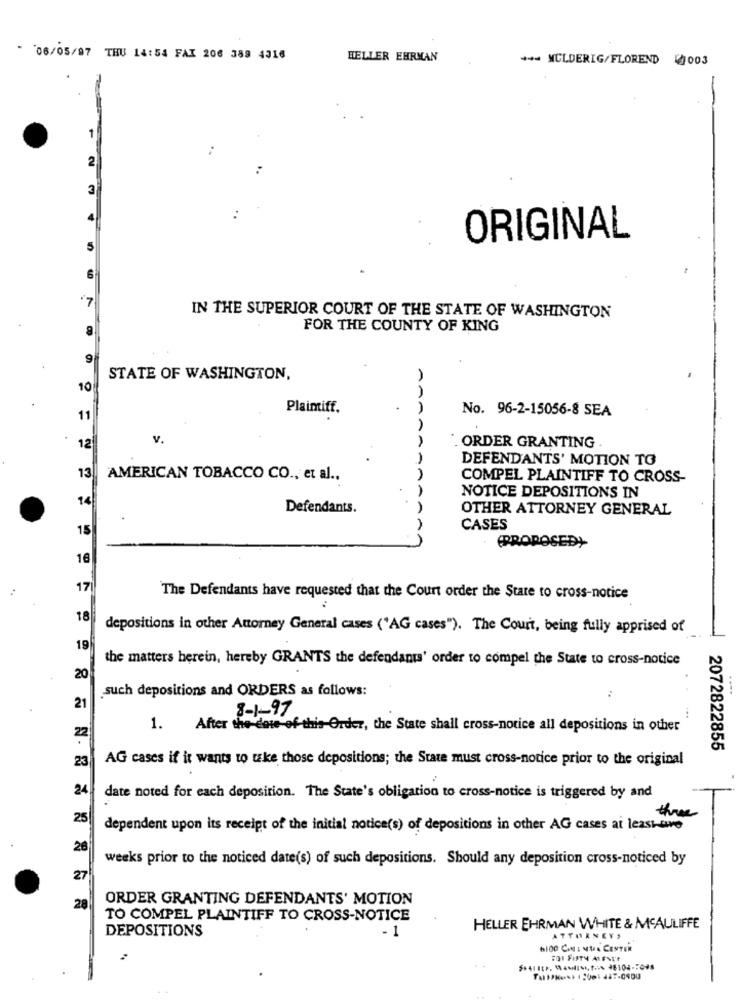
- 06/05/97 THU 14:54 FAX 206 389 4316
HELLER EHRMAN
*** MCLDERIG/FLOREND 003
1
2
3
4
ORIGINAL
5
6
.7
IN THE SUPERIOR COURT OF THE STATE OF WASHINGTON
CO
FOR THE COUNTY OF KING
9
STATE OF WASHINGTON,
10
Plaintiff.
No. 96-2-15056-8 SEA
11
V.
12
. ORDER GRANTING
1
DEFENDANTS' MOTION TO
13
AMERICAN TOBACCO CO ., et al .,
COMPEL PLAINTIFF TO CROSS-
NOTICE DEPOSITIONS IN
Defendants.
OTHER ATTORNEY GENERAL
15
AA
CASES
(PROPOSED)
16
17
The Defendants have requested that the Court order the State to cross-notice
18
depositions in other Attorney General cases ("AG cases"). The Court, being fully apprised of
19
the matters herein, hereby GRANTS the defendants' order to compel the State to cross-notice
20
such depositions and ORDERS as follows:
21
8-1-97
1.
After the-dose of this Order, the State shall cross-notice all depositions in other
22
2072822855
23
AG cases if it wants to take those depositions; the State must cross-notice prior to the original
24
date noted for each deposition. The State's obligation to cross-notice is triggered by and
25
three
dependent upon its receipt of the initial notice(s) of depositions in other AG cases at least-sve
26
weeks prior to the noticed date(s) of such depositions. Should any deposition cross-noticed by
27
ORDER GRANTING DEFENDANTS' MOTION
28
TO COMPEL PLAINTIFF TO CROSS-NOTICE
DEPOSITIONS
HELLER EHRMAN WHITE & MCAULIFFE
- 1
ATTORNEYS
BIOG CINEMAA CENTER
FOI FIFTY ALENL'E